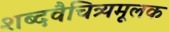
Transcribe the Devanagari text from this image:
शब्दवैचित्र्यमूलक